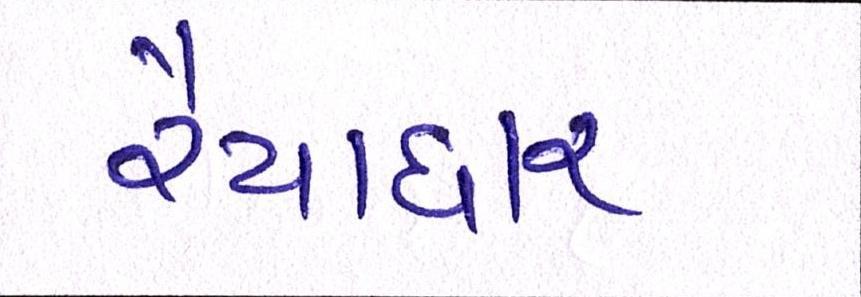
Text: રૈયાધાર